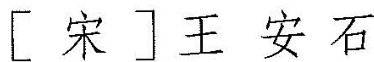
[ 宋 ] 王安石